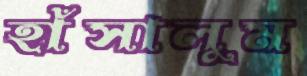
হাঁসালুম